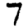
Digit: 7